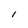
Character: l